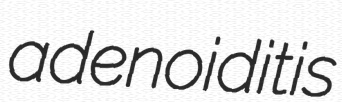
adenoiditis